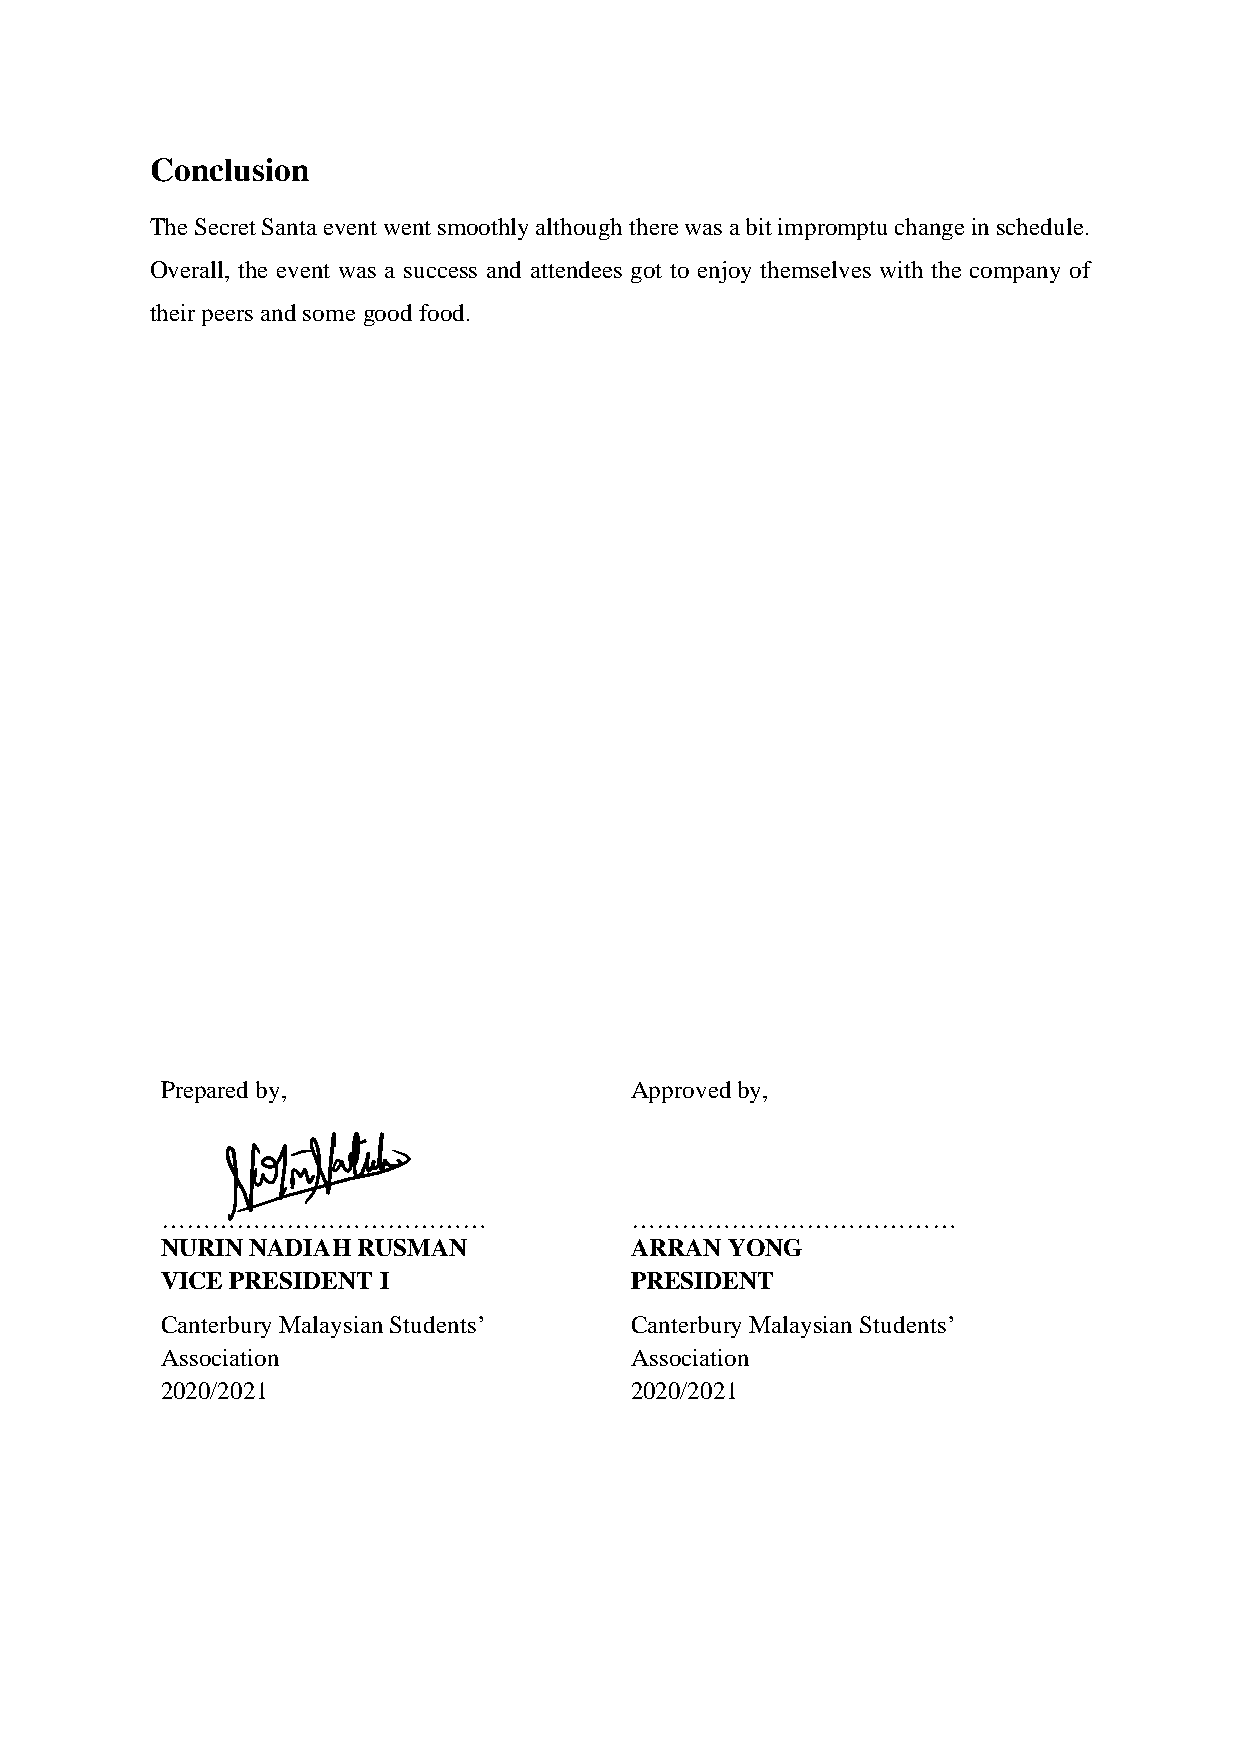
Conclusion
 The Secret Santa event went smoothly although there was a bit impromptu change in schedule.
 Overall, the event was a success and attendees got to enjoy themselves with the company of
 their peers and some good food.
 Prepared by,                   Approved by,
 …………………………………                  …………………………………
 NURIN NADIAH RUSMAN            ARRAN YONG
 VICE PRESIDENT I               PRESIDENT
 Canterbury Malaysian Students’ Canterbury Malaysian Students’
 Association                    Association
 2020/2021                      2020/2021